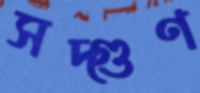
সদ্গুণ